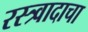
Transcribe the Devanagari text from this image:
रस्त्र्वादाचा